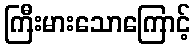
ကြီးမားသောကြောင့်